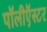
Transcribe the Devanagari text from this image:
पॉलीऍस्टर